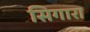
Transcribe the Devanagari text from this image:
सिगारा